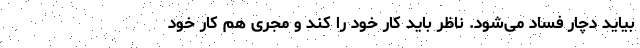
بیاید دچار فساد می‌شود. ناظر باید کار خود را کند و مجری هم کار خود